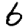
Digit: 6